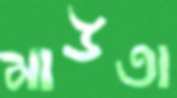
মাউতা